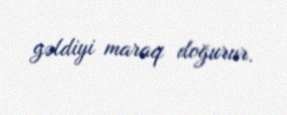
gəldiyi maraq doğurur.